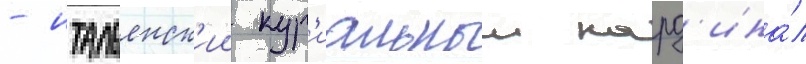
- итальянск'ии кур'иальныи кард'ина́л